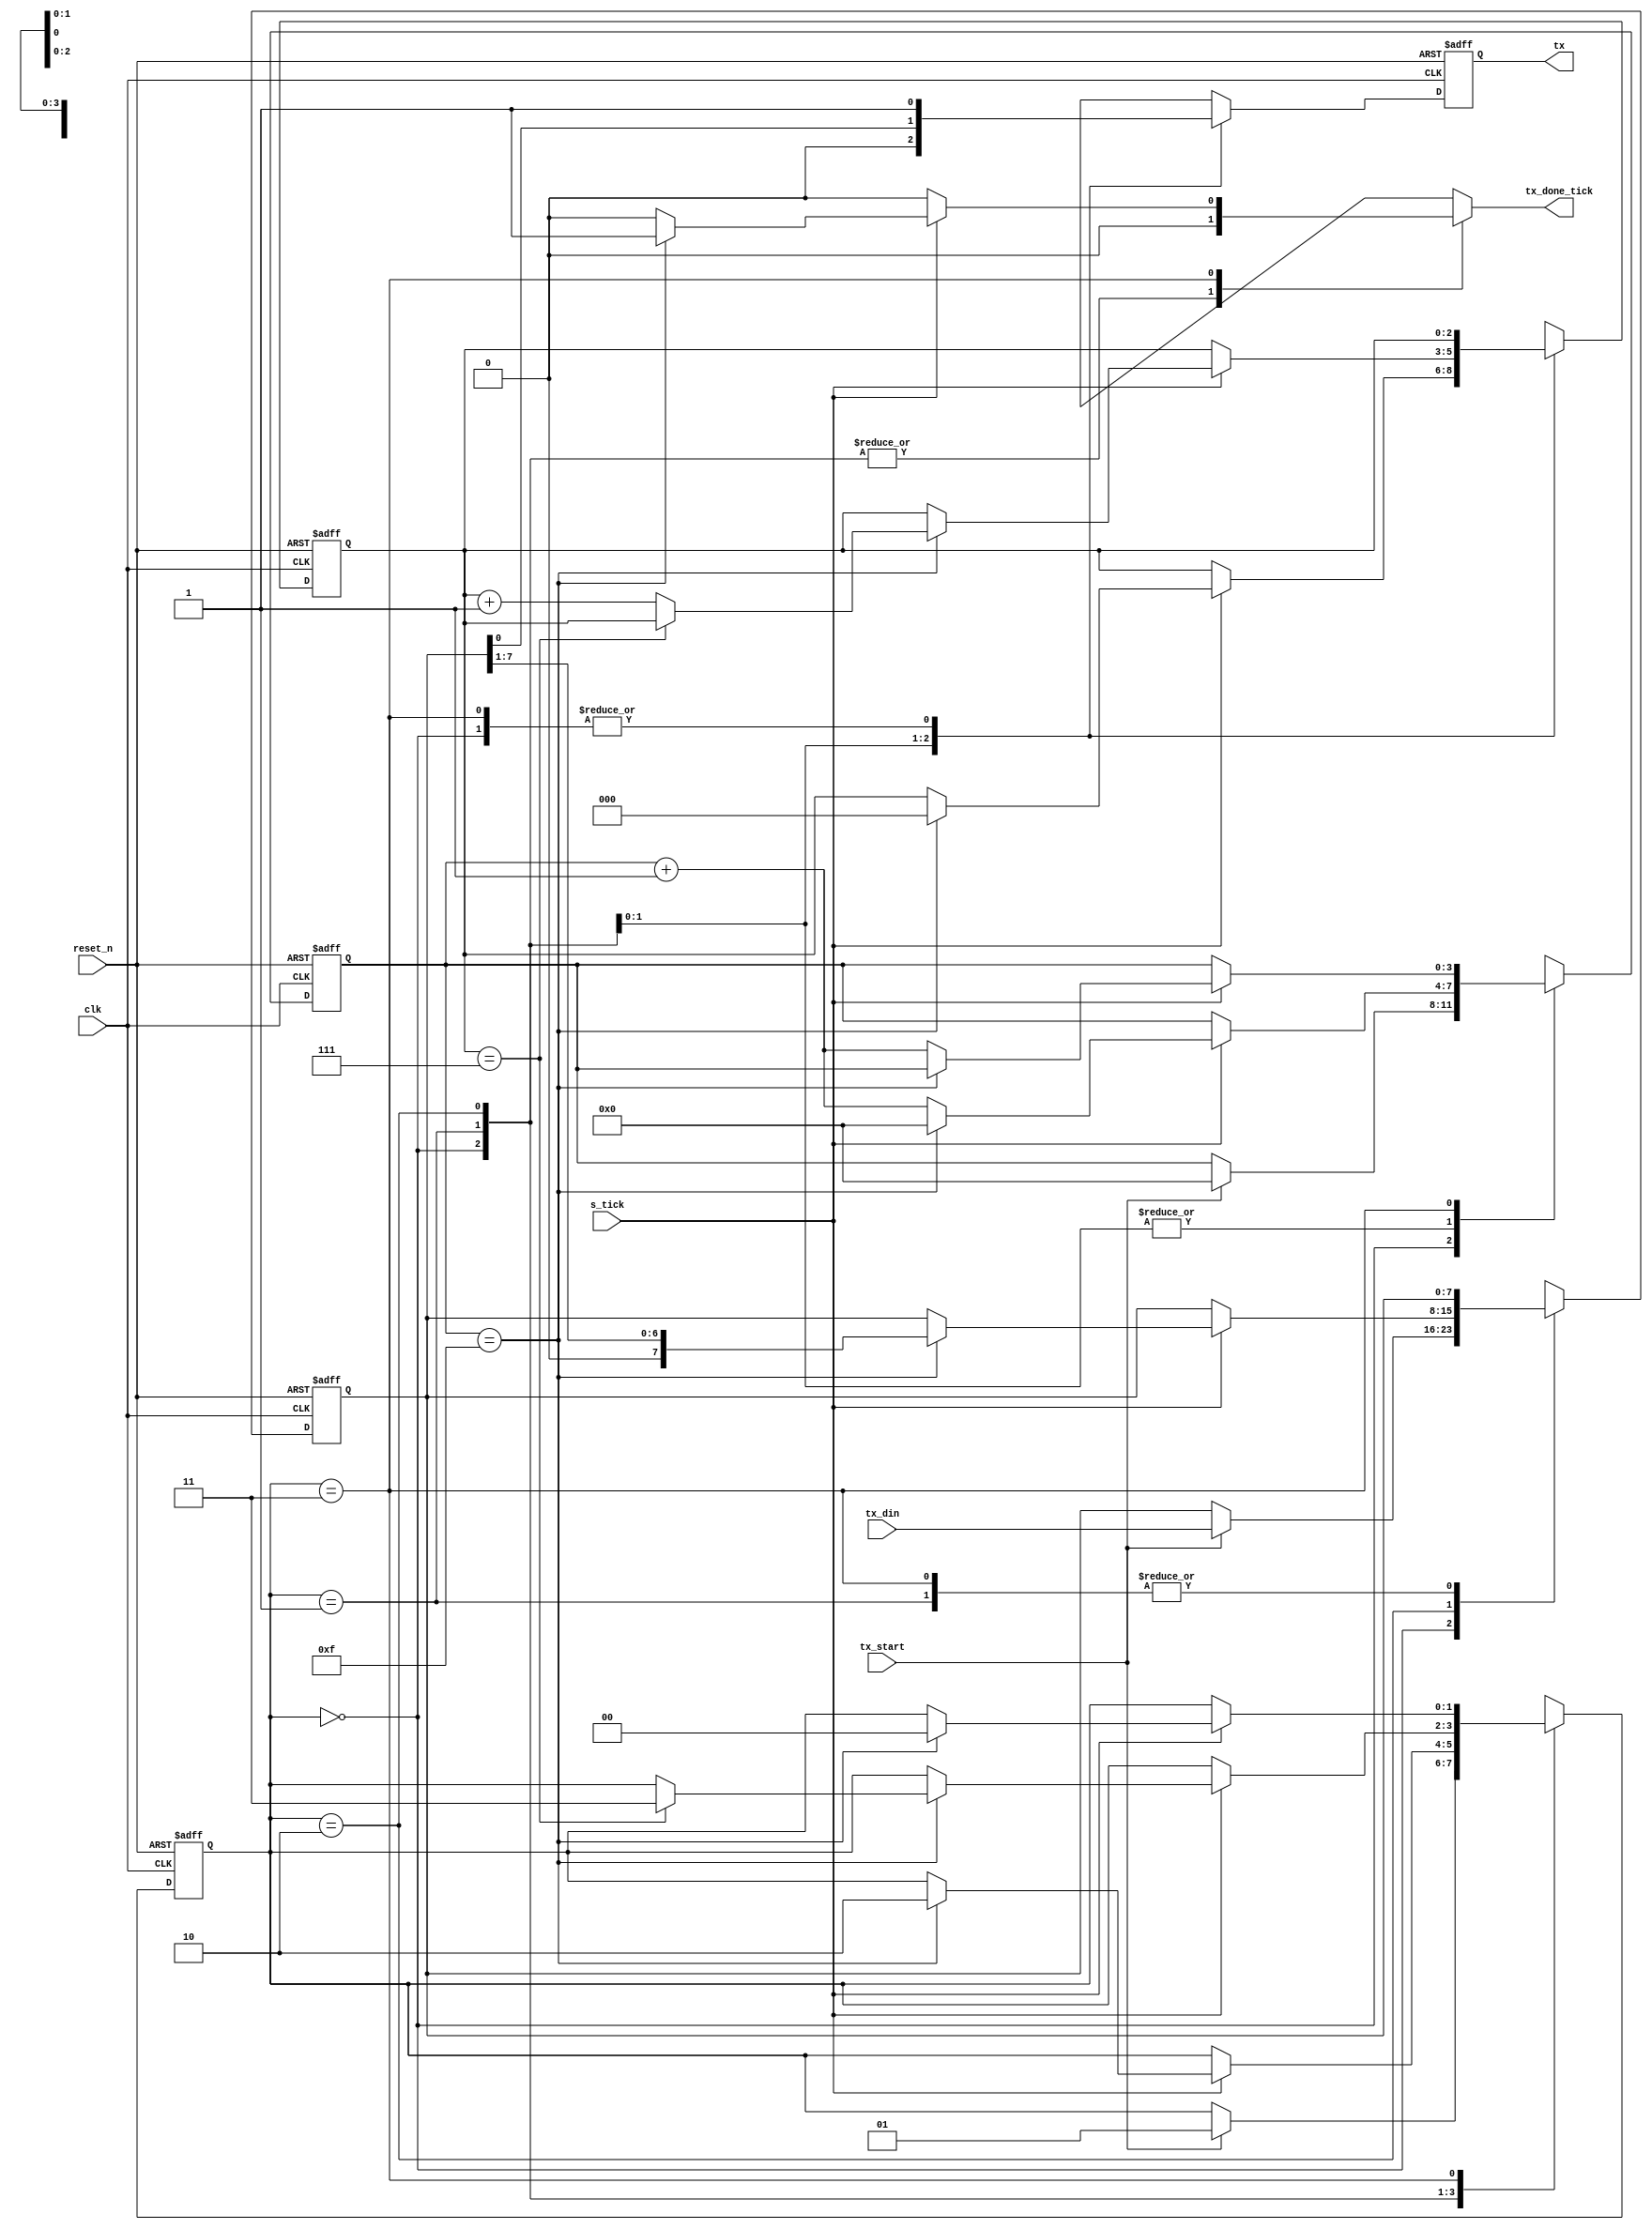
`timescale 1ns / 1ps
//////////////////////////////////////////////////////////////////////////////////
// Company: 
// Engineer: 
// 
// Design Name: 
// Module Name: uart_tx
// Project Name: 
// Target Devices: 
// Tool Versions: 
// Description: 
// 
// Dependencies: 
// 
// Revision:
// Revision 0.01 - File Created
// Additional Comments:
// 
//////////////////////////////////////////////////////////////////////////////////


module uart_tx
    #(parameter DBIT = 8,    // # data bits
                SB_TICK = 16 // # stop bit ticks
    )
    (
        input clk, reset_n,
        input tx_start, s_tick,        
        input [DBIT - 1:0] tx_din,
        output reg tx_done_tick,
        output tx
        
    );
    
    localparam  idle = 0, start = 1,
                data = 2, stop = 3;
                
    reg [1:0] state_reg, state_next;
    reg [3:0] s_reg, s_next;                // keep track of the baud rate ticks (16 total)
    reg [$clog2(DBIT) - 1:0] n_reg, n_next; // keep track of the number of data bits transmitted
    reg [DBIT - 1:0] b_reg, b_next;         // shift the transmitted data bits
    reg tx_reg, tx_next;                    // track the transmitted bit
    
    // State and other registers
    always @(posedge clk, negedge reset_n)
    begin
        if (~reset_n)
        begin
            state_reg <= idle;
            s_reg <= 0;
            n_reg <= 0;
            b_reg <= 0;
            tx_reg <= 1'b1;
        end
        else
        begin
            state_reg <= state_next;
            s_reg <= s_next;
            n_reg <= n_next;
            b_reg <= b_next;
            tx_reg <= tx_next;
        end
    end
    
    // Next state logic
    always @(*)
    begin
        state_next = state_reg;
        s_next = s_reg;
        n_next = n_reg;
        b_next = b_reg;
        tx_done_tick = 1'b0;
        case (state_reg)
            idle:   
            begin    
                tx_next = 1'b1;         
                if (tx_start)
                begin
                    s_next = 0;
                    b_next = tx_din;
                    state_next = start;                        
                end
            end                 
            start:    
            begin
                tx_next = 1'b0;            
                if (s_tick)
                    if (s_reg == 15)
                    begin
                        s_next = 0;
                        n_next = 0;
                        state_next = data;
                    end
                    else                        
                        s_next = s_reg + 1;
            end                                                                                       
            data:
            begin
                tx_next = b_reg[0];
                if (s_tick)
                    if(s_reg == 15)
                    begin
                        s_next = 0;
                        b_next = {1'b0, b_reg[DBIT - 1:1]}; // Right shift
                        if (n_reg == (DBIT - 1))
                            state_next = stop;
                        else
                            n_next = n_reg + 1;
                    end
                    else
                        s_next = s_reg + 1;
            end
            stop:
            begin
                tx_next = 1'b1;
                if (s_tick)
                    if(s_reg == (SB_TICK - 1))
                    begin
                        tx_done_tick = 1'b1;
                        state_next = idle;
                    end
                    else
                        s_next = s_reg + 1;                        
            end
            default:
                state_next = idle;
        endcase
    end
    
    // output logic
    assign tx = tx_reg;

endmodule